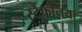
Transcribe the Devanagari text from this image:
स्टेफनिया